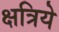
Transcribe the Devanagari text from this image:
क्षत्रिये